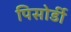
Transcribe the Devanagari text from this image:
पिसोर्डी